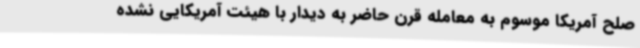
صلح آمریکا موسوم به معامله قرن حاضر به دیدار با هیئت آمریکایی نشده